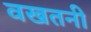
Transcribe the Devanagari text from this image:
वखतनी